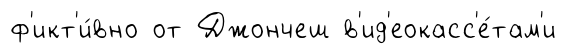
ф'икт'и́вно от Джончеш в'ид'еокасс'е́там'и